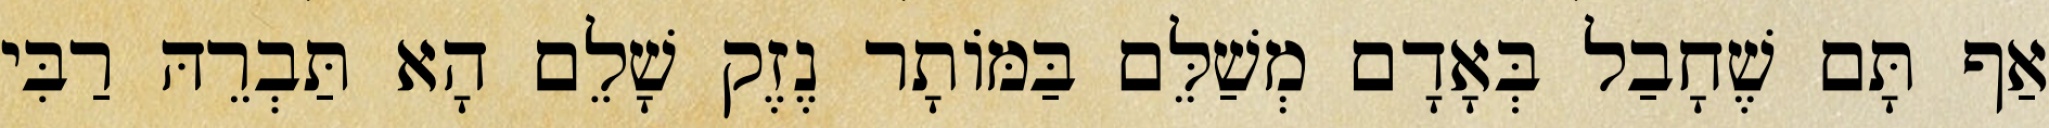
אַף תָּם שֶׁחָבַל בְּאָדָם מְשַׁלֵּם בַּמּוֹתָר נֶזֶק שָׁלֵם הָא תַּבְרֵהּ רַבִּי